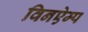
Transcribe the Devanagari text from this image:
विनऐम्प